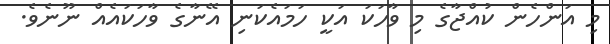
މި އަންހެން ކުއްޖާގެ މި ވާހަކަ އަކީ ހަމައެކަނި އޭނާގެ ވާހަކައެއް ނޫނެވެ.